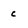
Character: c